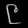
Digit: ၉